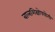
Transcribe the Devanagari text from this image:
बालशिक्षोपयोगी